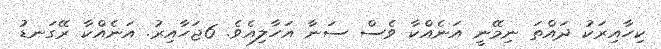
ކިހާއިރަކު ދައްތަ ނިމޭނީ އަނެއްކާ ވެސް ސަނާ އަހާލިއެވެ. 6ޖަހާއިރު. އަނެއްކާ ރޭގަނޑު